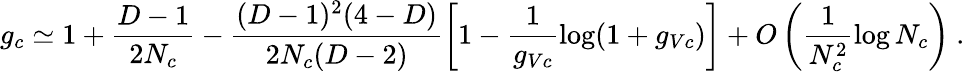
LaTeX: g_{c}\simeq 1+\frac{D-1}{2N_{c}}-\frac{(D-1)^{2}(4-D)}{2N_{c}(D-2)}\left[1-\frac{1}{g_{Vc}}\log(1+g_{Vc})\right]+O\left(\frac{1}{N_{c}^{2}}\log N_{c}\right)\ .